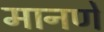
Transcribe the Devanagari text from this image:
मानणें